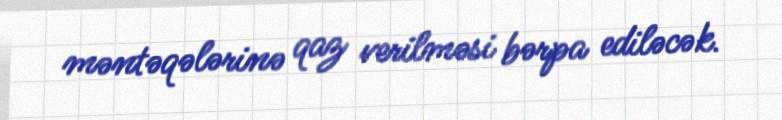
məntəqələrinə qaz verilməsi bərpa ediləcək.